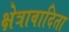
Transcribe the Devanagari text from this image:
क्षेत्रावादिता